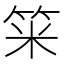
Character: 𥭁